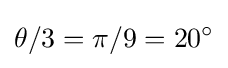
\theta /3=\pi /9=20^{\circ }